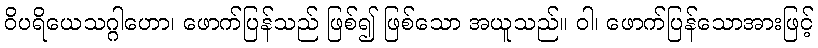
ဝိပရိယေသဂ္ဂါဟော၊ ဖောက်ပြန်သည် ဖြစ်၍ ဖြစ်သော အယူသည်။ ဝါ၊ ဖောက်ပြန်သောအားဖြင့်